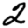
Digit: 2